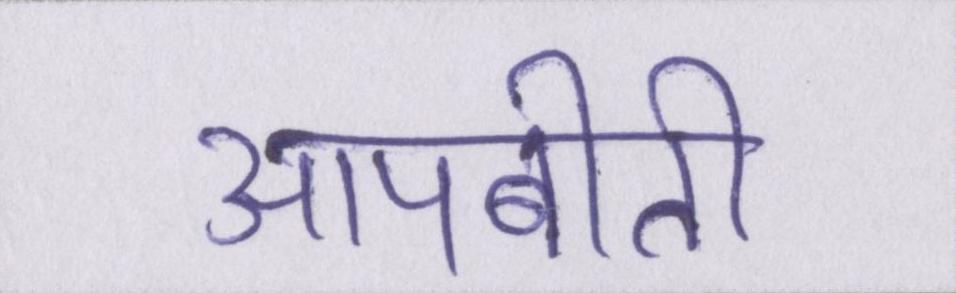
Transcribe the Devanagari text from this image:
आपबीती